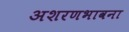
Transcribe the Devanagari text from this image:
अशरणभावना